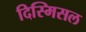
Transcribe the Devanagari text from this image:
दिस्मिसल